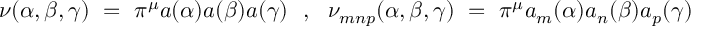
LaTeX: \nu ( \alpha , \beta , \gamma ) ~ = ~ \pi ^ { \mu } a ( \alpha ) a ( \beta ) a ( \gamma ) ~ ~ , ~ ~ \nu _ { m n p } ( \alpha , \beta , \gamma ) ~ = ~ \pi ^ { \mu } a _ { m } ( \alpha ) a _ { n } ( \beta ) a _ { p } ( \gamma )